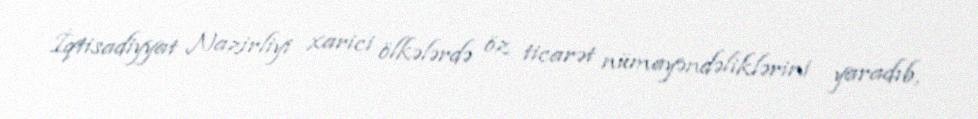
İqtisadiyyat Nazirliyi xarici ölkələrdə öz ticarət nümayəndəliklərini yaradıb,